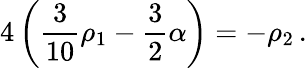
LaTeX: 4\left({\frac{3}{10}}\rho_{1}-{\frac{3}{2}}\alpha\right)=-\rho_{2}\, .